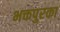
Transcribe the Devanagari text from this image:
भक्तपुरका